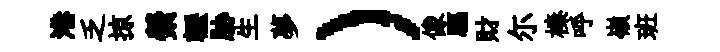
港乏掠縈轣胁生夢）像驅財尓榛呼嶺班